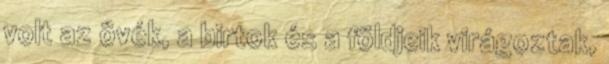
volt az övék, a birtok és a földjeik virágoztak,